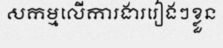
សកម្មលើការងាររៀងៗខ្លួន